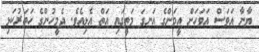
ޔާނާ އަވަސް އަވަހަށް އީމަންގެ އަނގަ މަތީގައި އަތް އެޅިއެވެ. ދެމީހުންގެ ހަތަރުކަޅި